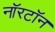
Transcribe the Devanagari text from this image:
नॉरटॉन